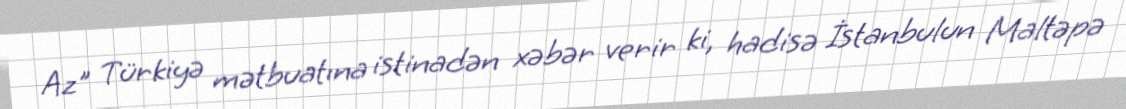
Az" Türkiyə mətbuatına istinadən xəbər verir ki, hadisə İstanbulun Maltəpə